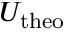
U _ { \mathrm { t h e o } }